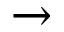
\rightarrow